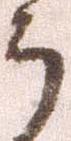
郎